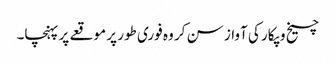
چیخ و پکار کی آواز سن کر وہ فوری طور پر موقعے پر پہنچا۔